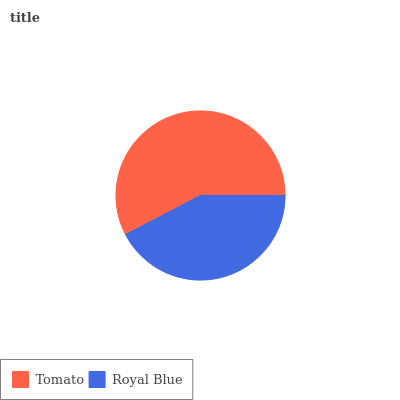
| Tomato | Royal Blue |
 | --- | --- |
 | 57.6% | 42.4% |